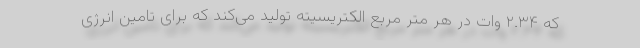
که ۲.۳۴ وات در هر متر مربع الکتریسیته تولید می‌کند که برای تامین انرژی